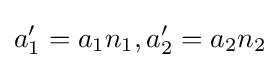
a_{1}'=a_{1}n_{1},a_{2}'=a_{2}n_{2}